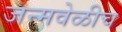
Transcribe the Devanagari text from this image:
जन्मवेळीच